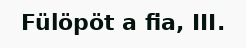
Fülöpöt a fia, III.